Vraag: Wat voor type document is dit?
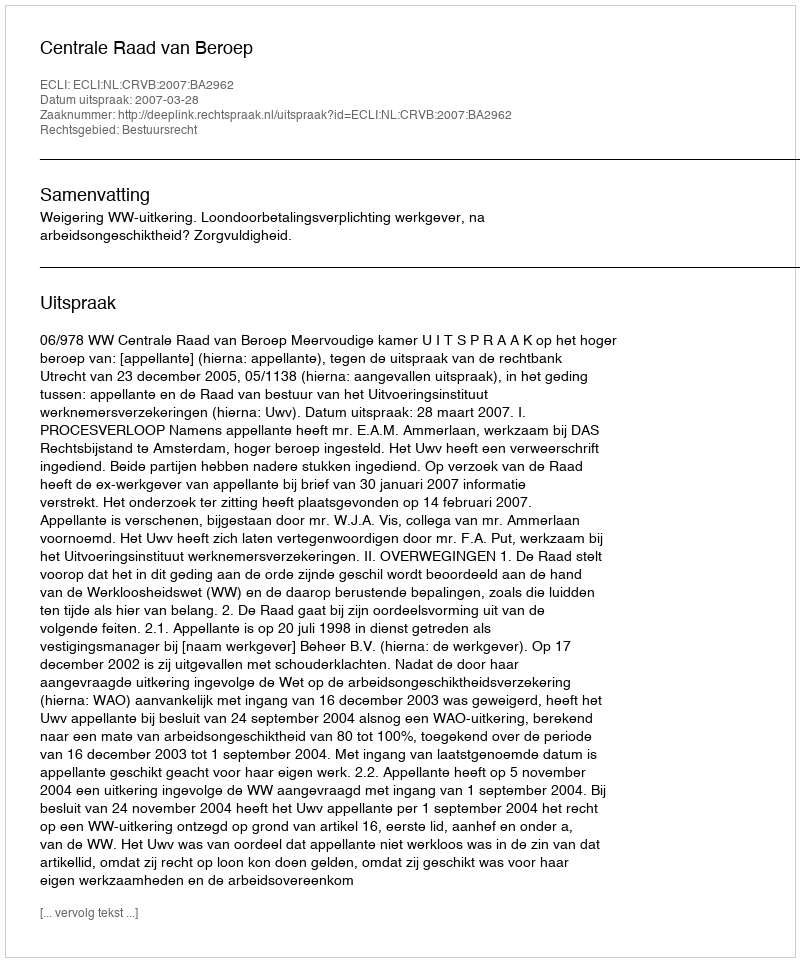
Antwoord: Uitspraak